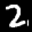
Label: 2